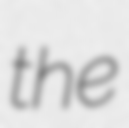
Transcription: the